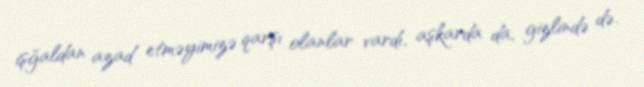
işğaldan azad etməyimizə qarşı olanlar vardı, aşkarda da, gizlində də.